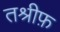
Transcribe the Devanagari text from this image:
तश्रीफ़